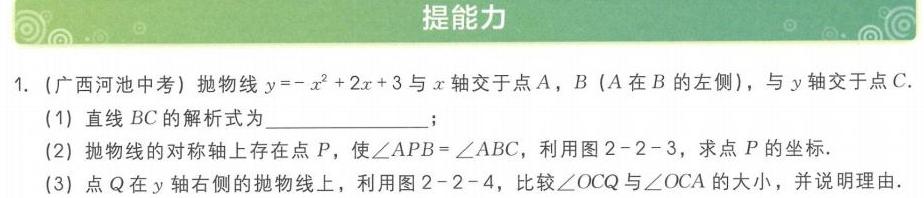
提能力
1. (广西河池中考) 抛物线\(y=-x^{2}+2x + 3\)与\(x\)轴交于点\(A\)，\(B\) (\(A\)在\(B\)的左侧)，与\(y\)轴交于点\(C\).
(1) 直线\(BC\)的解析式为  ；
(2) 抛物线的对称轴上存在点\(P\)，使\(\angle APB=\angle ABC\)，利用图\(2 - 2 - 3\)，求点\(P\)的坐标.
(3) 点\(Q\)在\(y\)轴右侧的抛物线上，利用图\(2 - 2 - 4\)，比较\(\angle OCQ\)与\(\angle OCA\)的大小，并说明理由.